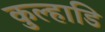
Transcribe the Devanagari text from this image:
कुल्हाडि